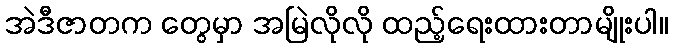
အဲဒီဇာတက တွေမှာ အမြဲလိုလို ထည့်ရေးထားတာမျိုးပါ။